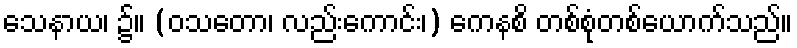
သေနာယ၊ ၌။ (ဝသတော၊ လည်းကောင်း၊) ကေနစိ တစ်စုံတစ်ယောက်သည်။